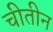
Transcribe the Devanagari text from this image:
चीतीन